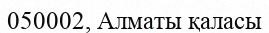
050002, Алматы қаласы